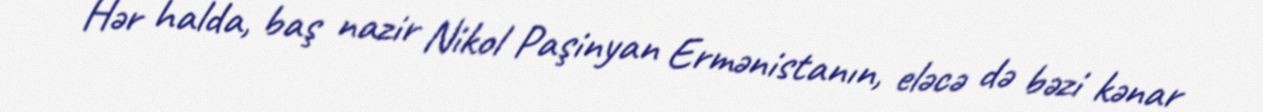
Hər halda, baş nazir Nikol Paşinyan Ermənistanın, eləcə də bəzi kənar